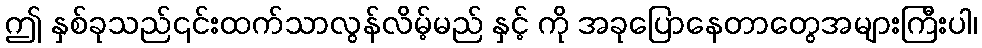
ဤ နှစ်ခုသည်၎င်းထက်သာလွန်လိမ့်မည် နှင့် ကို အခုပြောနေတာတွေအများကြီးပါ၊